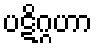
ပဋိဂ္ဂဟာ